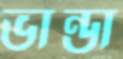
ভান্ডা